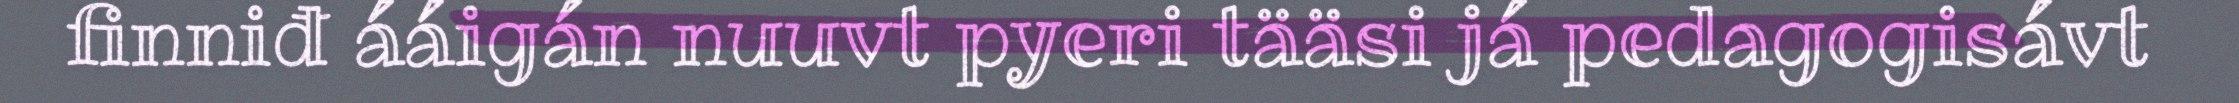
finniđ ááigán nuuvt pyeri tääsi já pedagogisávt